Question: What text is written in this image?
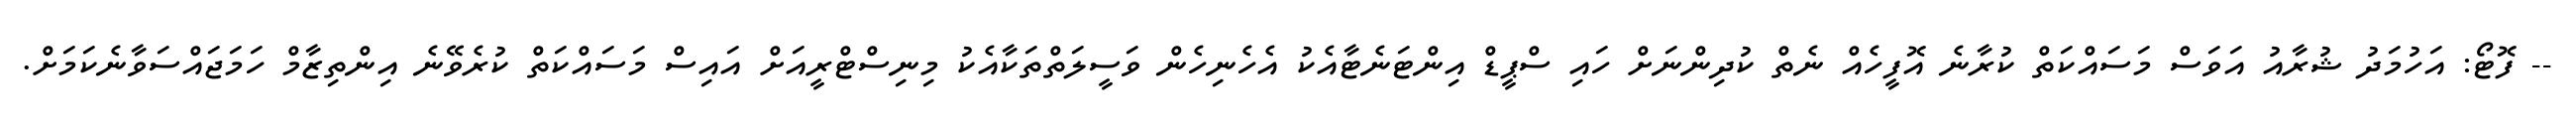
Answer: -- ފޮޓޯ: އަހުމަދު ޝުރާއު އަވަސް މަސައްކަތް ކުރާނެ އޮފީހެއް ނެތް ކުދިންނަށް ހައި ސްޕީޑް އިންޓަނެޓާއެކު އެހެނިހެން ވަސީލަތްތަކާއެކު މިނިސްޓްރީއަށް އައިސް މަސައްކަތް ކުރެވޭނެ އިންތިޒާމް ހަމަޖައްސަވާނެކަމަށް.